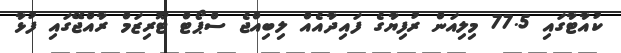
ކުއާޓާގައި 77.5 މިލިއަން ރުފިޔާގެ ފައިދާއެއް ލިބިއްޖެ ސްޕޯޓް ޓޫރިޒަމް ރާއްޖޭގައި ފުޅާ